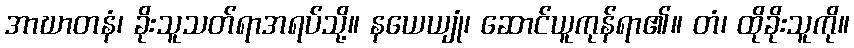
အာဃာတနံ၊ ခိုးသူသတ်ရာအရပ်သို့။ နယေယျုံ၊ ဆောင်ယူကုန်ရာ၏။ တံ၊ ထိုခိုးသူကို။